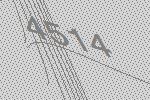
4514